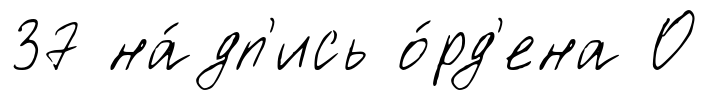
37 на́дп'ись о́рд'ена О